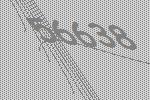
56638